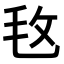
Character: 𣬲